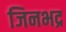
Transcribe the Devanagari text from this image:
जिनभद्र